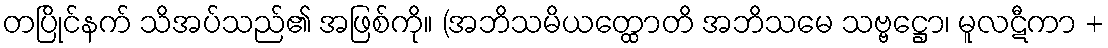
တပြိုင်နက် သိအပ်သည်၏ အဖြစ်ကို။ (အဘိသမိယတ္ထောတိ အဘိသမေ သဗ္ဗဋ္ဌော၊ မူလဋီကာ +